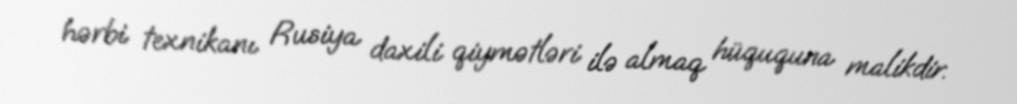
hərbi texnikanı Rusiya daxili qiymətləri ilə almaq hüququna malikdir.